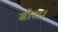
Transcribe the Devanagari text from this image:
बीरा।